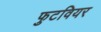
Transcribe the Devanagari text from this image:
फुटवियर